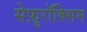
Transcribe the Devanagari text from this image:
सेफ़ुरॉक्सिम